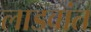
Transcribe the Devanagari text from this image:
लाडवांत